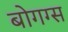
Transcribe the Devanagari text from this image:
बोगग्स